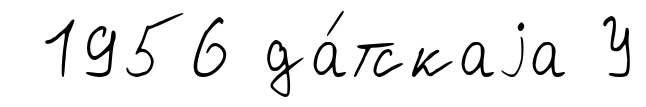
1956 да́тскаjа У